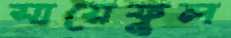
সায়েফুল